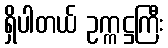
ရှိပါတယ် ဥက္ကဋ္ဌကြီး